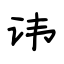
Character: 讳